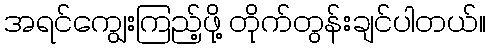
အရင်ကျွေးကြည့်ဖို့ တိုက်တွန်းချင်ပါတယ်။